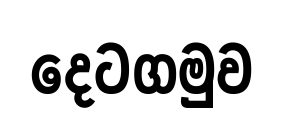
දෙටගමුව